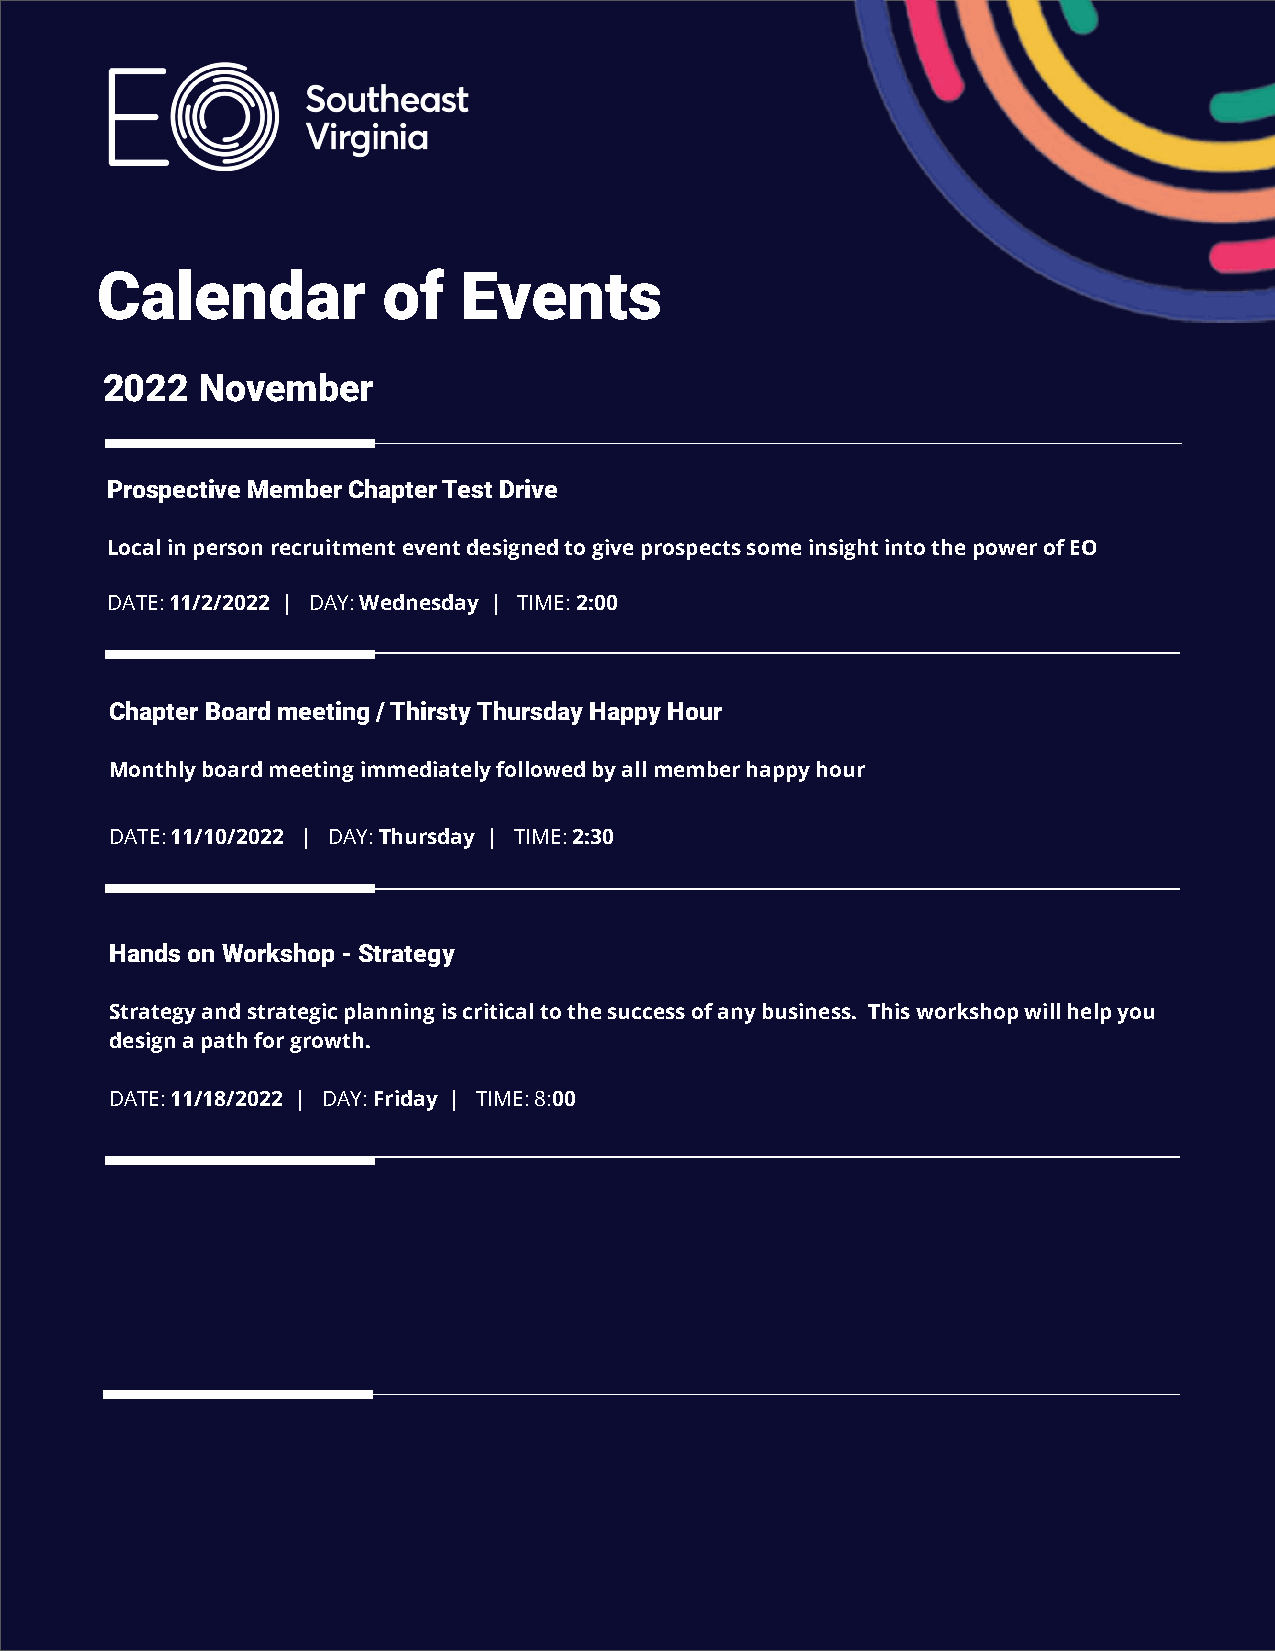
CCaalleennddaarr   ooff  EEvveennttss
 2022  November
 Prospective Member Chapter Test Drive
 Local in person recruitment event designed to give prospects some insight into the power of EO
 DATE: 11/2/2022 | DAY: Wednesday | TIME: 2:00
 Chapter Board meeting / Thirsty Thursday Happy Hour
 Monthly board meeting immediately followed by all member happy hour
 DATE: 11/10/2022 | DAY: Thursday | TIME: 2:30
 Hands on Workshop - Strategy
 Strategy and strategic planning is critical to the success of any business. This workshop will help you
 design a path for growth.
 DATE: 11/18/2022 | DAY: Friday | TIME: 8:00